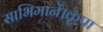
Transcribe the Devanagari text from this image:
साभिमानें।कृपा